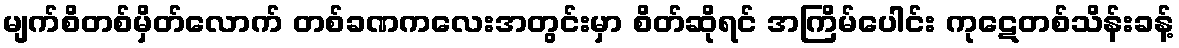
မျက်စိတစ်မှိတ်လောက် တစ်ခဏကလေးအတွင်းမှာ စိတ်ဆိုရင် အကြိမ်ပေါင်း ကုဋေတစ်သိန်းခန့်